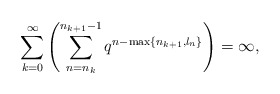
\begin{align*}\sum_{k=0}^{\infty}\left(\sum_{n=n_k}^{n_{k+1}-1}q^{n-\max\{n_{k+1},l_n\}}\right)=\infty,\end{align*}